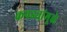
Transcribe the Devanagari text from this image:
कपड्यांमूळे